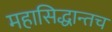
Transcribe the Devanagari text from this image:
महासिद्धान्तच